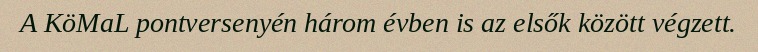
A KöMaL pontversenyén három évben is az elsők között végzett.